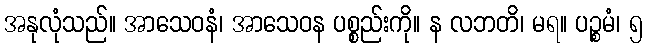
အနုလုံသည်။ အာသေဝနံ၊ အာသေဝန ပစ္စည်းကို။ န လဘတိ၊ မရ။ ပဉ္စမံ၊ ၅